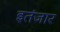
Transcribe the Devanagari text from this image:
इतंजार